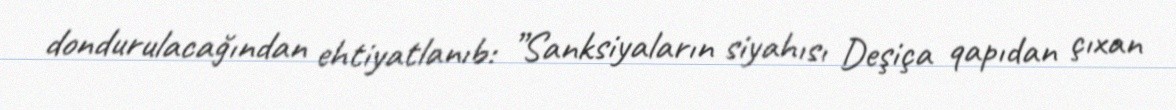
dondurulacağından ehtiyatlanıb: ”Sanksiyaların siyahısı Deşiça qapıdan çıxan